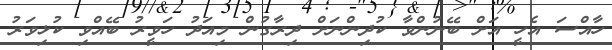
ހާއްސަ އެހީ އަށް ބޭނުންވާ ކުދިންނަށް ދިރާގުން މިއަދު ހަވީރު ބޭއްވި ކުޅިވަރު